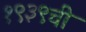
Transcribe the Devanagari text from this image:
१९३९ची